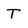
Character: T